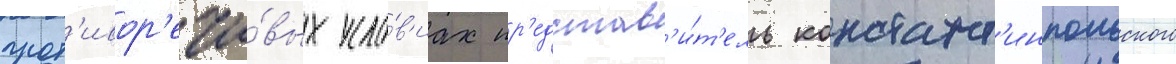
прот'ивор'ечи́вых усло́в'иах пр'едстав'и́т'ель констант'инпольского